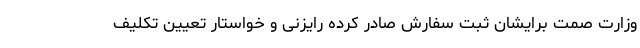
وزارت صمت برایشان ثبت سفارش صادر کرده رایزنی و خواستار تعیین تکلیف